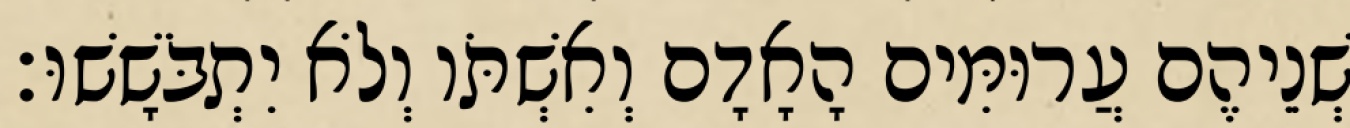
שְׁנֵיהֶם עֲרוּמִּים הָאָדָם וְאִשְׁתֹּו וְלֹא יִתְבֹּשָׁשׁוּ׃